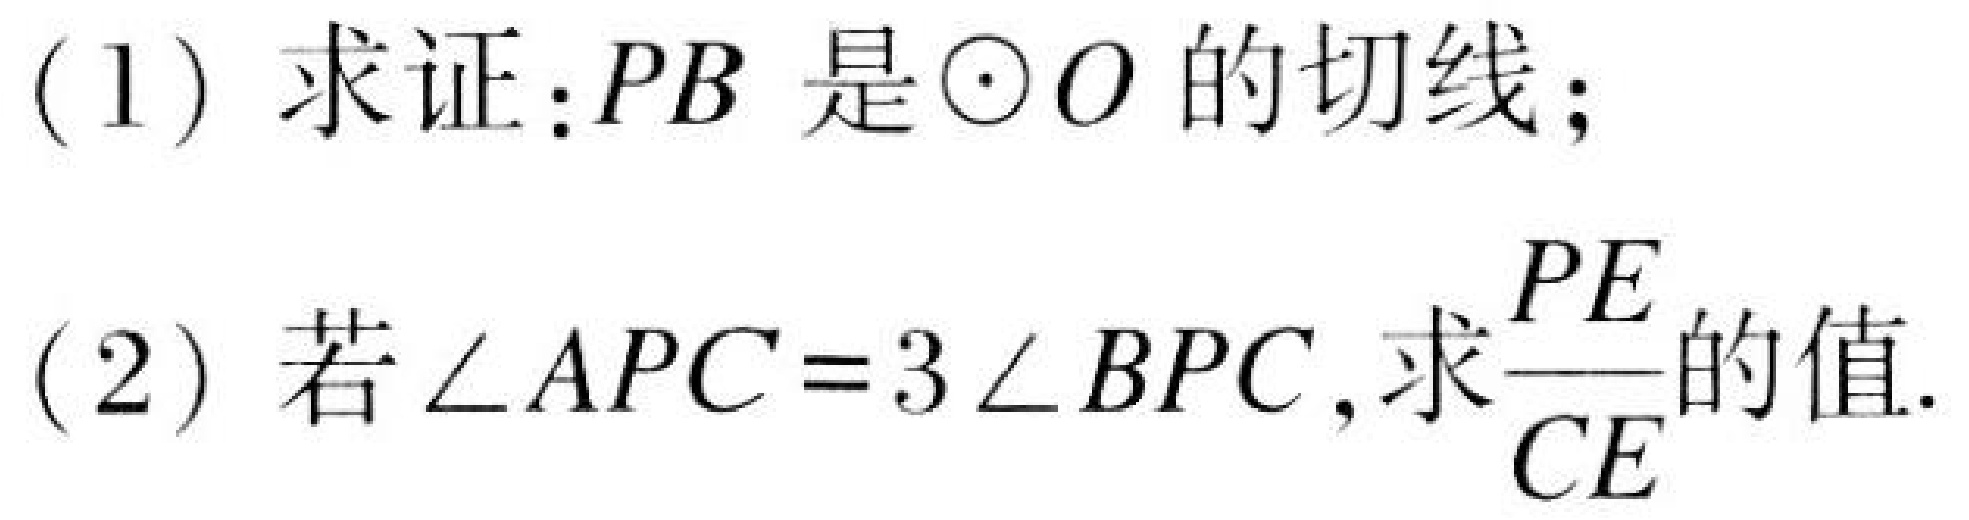
(1) 求证：$PB$是$\odot O$的切线；
(2) 若$\angle APC = 3\angle BPC$，求$\dfrac{PE}{CE}$的值.